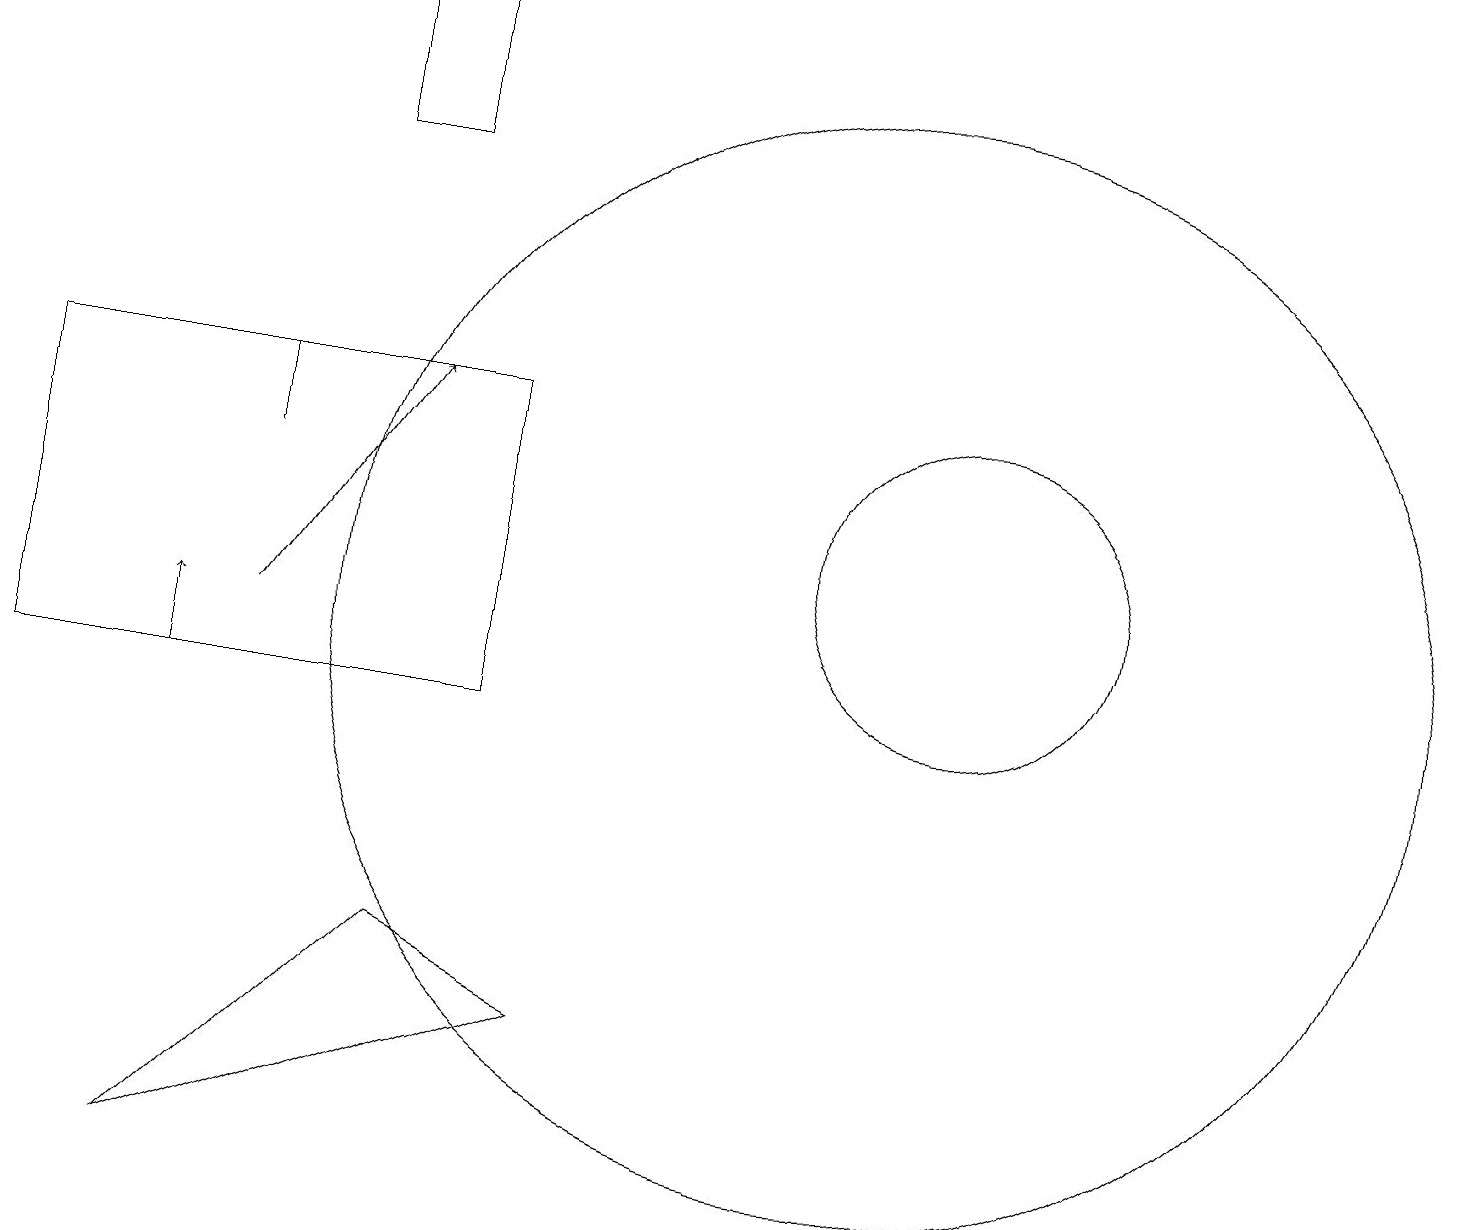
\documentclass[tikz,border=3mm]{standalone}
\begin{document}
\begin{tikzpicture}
\draw[->] (2,10) -- (2,11);
\draw (4,19) rectangle (5,17);
\draw (12,12) circle (2);
\draw (0,10) rectangle (6,14);
\draw[->] (3,11) -- (5,14);
\draw (7,6) -- (5,7) -- (2,4) -- cycle;
\draw (3,13) rectangle (3,14);
\draw (11,11) circle (7);
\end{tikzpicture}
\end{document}